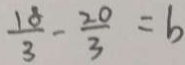
\frac { 1 8 } { 3 } - \frac { 2 0 } { 3 } = b